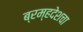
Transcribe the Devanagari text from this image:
ब्रम्हदेशचा